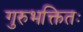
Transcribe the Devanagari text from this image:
गुरुभक्तितः